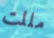
مللت